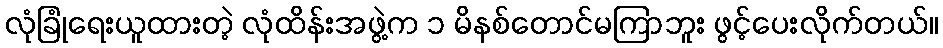
လုံခြုံရေးယူထားတဲ့ လုံထိန်းအဖွဲ့က ၁ မိနစ်တောင်မကြာဘူး ဖွင့်ပေးလိုက်တယ်။